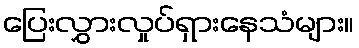
ပြေးလွှားလှုပ်ရှားနေသံများ။